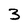
Character: 3